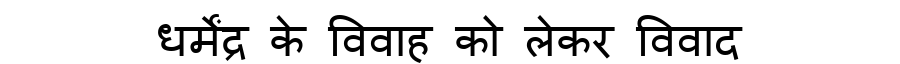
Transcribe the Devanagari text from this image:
धर्मेंद्र के विवाह को लेकर विवाद